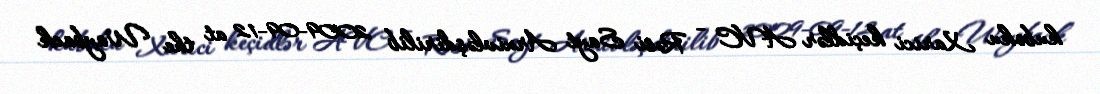
kuboku Xarici keçidlər AVC - Rəsi Sayt Arxivləşdirilib 2009-09-12 at the Wayback